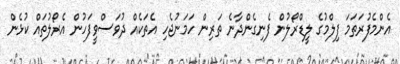
އެންމެފުރަތަމަ ފިލްމުގެ ލީޑްރޯލުން ފެނިގެންދާނެ ތަރިން ހަމަނުޖެހި އެތަކެއް ދުވަސްވީފަހުން އެރޯލުތައް ކުޅެން